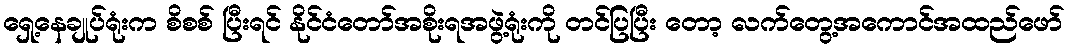
ရှေ့နေချုပ်ရုံးက စိစစ် ပြီးရင် နိုင်ငံတော်အစိုးရအဖွဲ့ရုံးကို တင်ပြပြီး တော့ လက်တွေ့အကောင်အထည်ဖော်